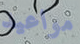
مواعيد